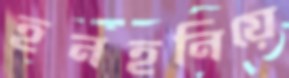
হনহনিয়ে